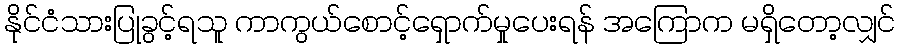
နိုင်ငံသားပြုခွင့်ရသူ ကာကွယ်စောင့်ရှောက်မှုပေးရန် အကြောက မရှိတော့လျှင်